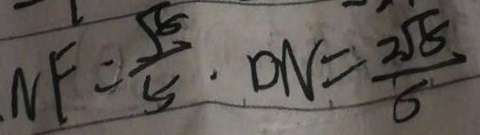
N F = \frac { \sqrt { 5 } } { 5 } \cdot D N = \frac { 2 \sqrt { 5 } } { 5 }